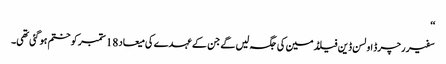
‘‘
سفیر رچرڈ اولسن ڈین فیلڈمین کی جگہ لیں گے جن کے عہدے کی میعاد 18 ستمبر کو ختم ہو گئی تھی۔